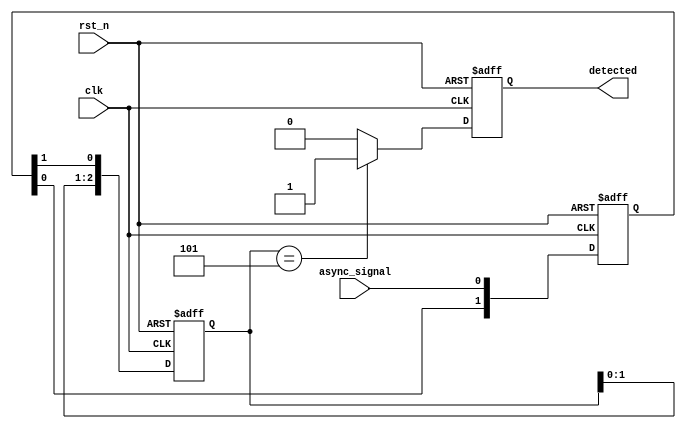
module dual_ff_detector (
    input wire clk,               // Clock signal
    input wire rst_n,             // Active low reset
    input wire async_signal,      // Asynchronous input signal
    output reg detected           // Output signal indicating detection
);

    // Parameters for the pattern to be detected
    parameter PATTERN_WIDTH = 3;  // Width of the pattern
    parameter PATTERN = 3'b101;    // Example pattern to detect (binary 5)

    // Internal signals
    reg [1:0] sync_ff;            // Dual flip-flops for synchronization
    reg [PATTERN_WIDTH-1:0] mem;   // Memory block to store detected patterns

    // Synchronization using dual flip-flops
    always @(posedge clk or negedge rst_n) begin
        if (!rst_n) begin
            sync_ff <= 2'b00;       // Reset the flip-flops
        end else begin
            sync_ff <= {sync_ff[0], async_signal}; // Shift in the asynchronous signal
        end
    end

    // Memory block to store the detected pattern
    always @(posedge clk or negedge rst_n) begin
        if (!rst_n) begin
            mem <= {PATTERN_WIDTH{1'b0}}; // Reset memory
        end else begin
            mem <= {mem[PATTERN_WIDTH-2:0], sync_ff[1]}; // Shift in the synchronized signal
        end
    end

    // Detection logic
    always @(posedge clk or negedge rst_n) begin
        if (!rst_n) begin
            detected <= 1'b0;       // Reset detected signal
        end else begin
            if (mem == PATTERN) begin
                detected <= 1'b1;   // Pattern detected
            end else begin
                detected <= 1'b0;   // Pattern not detected
            end
        end
    end

endmodule